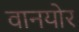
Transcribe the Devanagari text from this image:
वानयोर